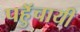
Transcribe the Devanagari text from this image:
पहुॅचायी